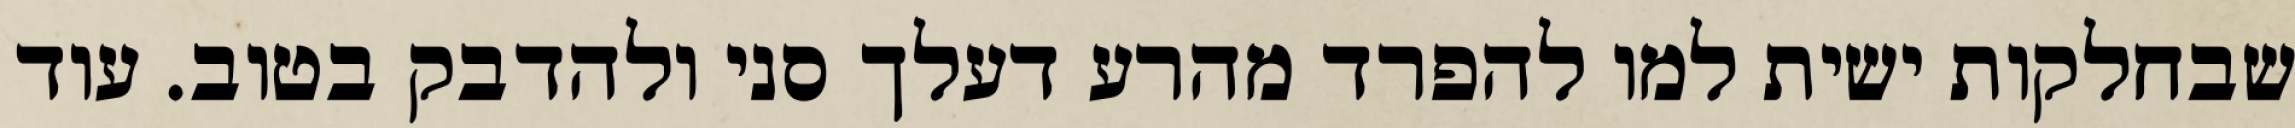
שבחלקות ישית למו להפרד מהרע דעלך סני ולהדבק בטוב. עוד